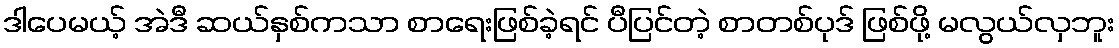
ဒါပေမယ့် အဲဒီ ဆယ်နှစ်ကသာ စာရေးဖြစ်ခဲ့ရင် ပီပြင်တဲ့ စာတစ်ပုဒ် ဖြစ်ဖို့ မလွယ်လှဘူး